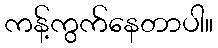
ကန့်ကွက်နေတာပါ။